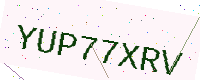
Text: YUP77XRV